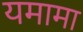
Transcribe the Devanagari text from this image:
यमामा